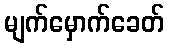
မျက်မှောက်ခေတ်